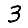
Digit: 3